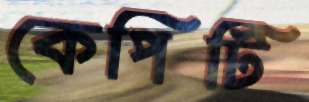
কেপিটি